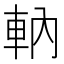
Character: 軜